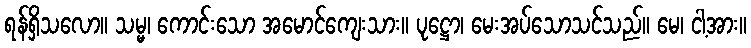
ရန်ရှိသလော။ သမ္မ၊ ကောင်းသော အမောင်ကျေးသား။ ပုဋ္ဌော၊ မေးအပ်သောသင်သည်။ မေ၊ ငါ့အား။